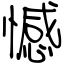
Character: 憾